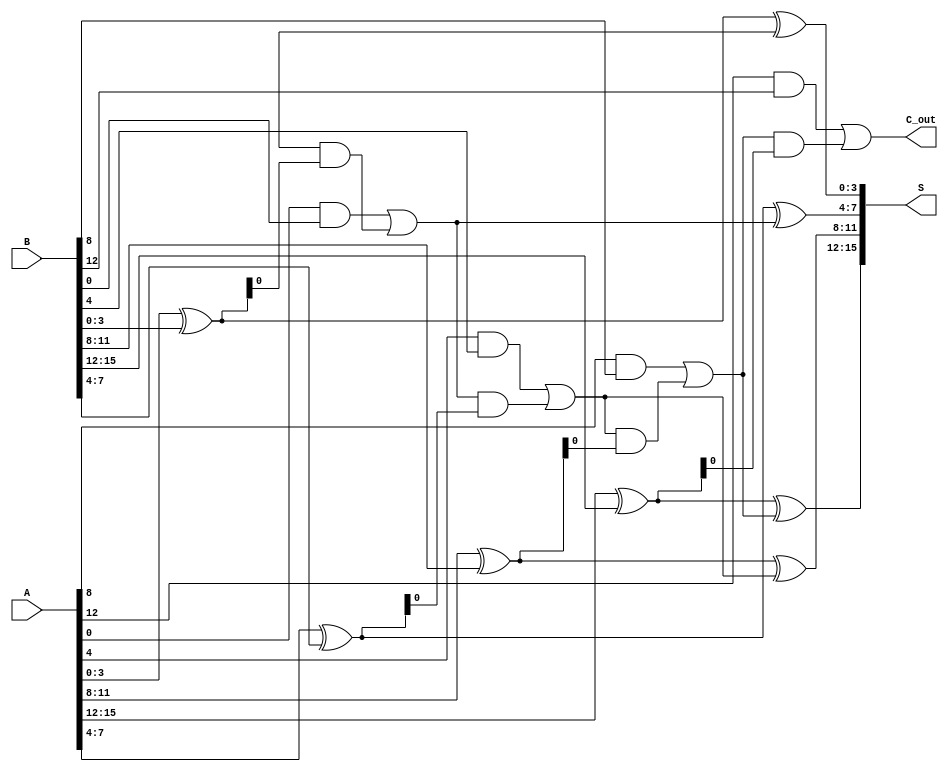
module han_carlson_adder #(parameter N = 16, // Total bit-width
                            parameter M = 4)  // Segment size
(
    input  [N-1:0] A, // First input
    input  [N-1:0] B, // Second input
    output [N-1:0] S, // Sum output
    output C_out      // Final carry-out
);

    // Number of segments
    localparam NUM_SEGMENTS = N / M;

    // Intermediate carry signals
    wire [NUM_SEGMENTS:0] carry; // carry[0] is the initial carry-in (0)

    // Generate sum and carry for each segment
    genvar i;
    generate
        for (i = 0; i < NUM_SEGMENTS; i = i + 1) begin : segment
            wire [M-1:0] A_seg = A[i*M +: M]; // Extract M bits from A
            wire [M-1:0] B_seg = B[i*M +: M]; // Extract M bits from B
            wire C_in = carry[i]; // Carry-in for this segment

            // Compute sum and carry for this segment
            wire [M-1:0] sum_temp;
            wire carry_out_temp;

            // Sum calculation
            assign sum_temp = A_seg ^ B_seg ^ C_in;

            // Carry generation
            assign carry_out_temp = (A_seg & B_seg) | (C_in & (A_seg ^ B_seg));

            // Assign results to outputs
            assign S[i*M +: M] = sum_temp;
            assign carry[i+1] = carry_out_temp; // Carry-out for the next segment
        end
    endgenerate

    // Final carry-out
    assign C_out = carry[NUM_SEGMENTS];

endmodule